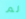
لم